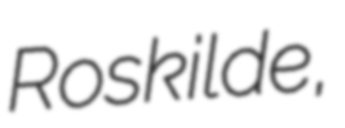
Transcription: Roskilde,